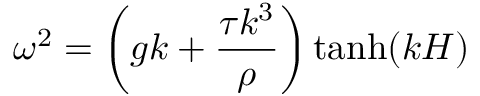
\omega ^ { 2 } = \left( g k + \frac { \tau k ^ { 3 } } { \rho } \right) \operatorname { t a n h } ( k H )